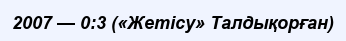
2007 — 0:3 («Жетісу» Талдықорған)